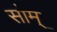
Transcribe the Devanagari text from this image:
सोम्